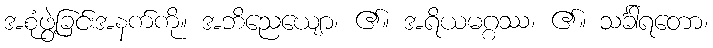
အစုံဖွဲ့ခြင်းအနက်ကို။ အဘိညေယျော၊ ၏။ အရိယမဂ္ဂဿ၊ ၏။ သင်္ခါရတော၊